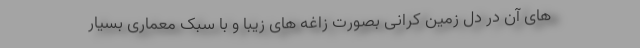
های آن در دل زمین کرانی بصورت زاغه های زیبا و با سبک معماری بسیار